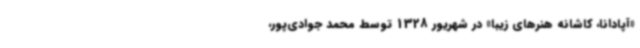
«آپادانا، کاشانه هنرهای زیبا» در شهریور 1328 توسط محمد جوادی‌پور،